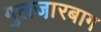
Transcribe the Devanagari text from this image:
गुलजा़रबाग